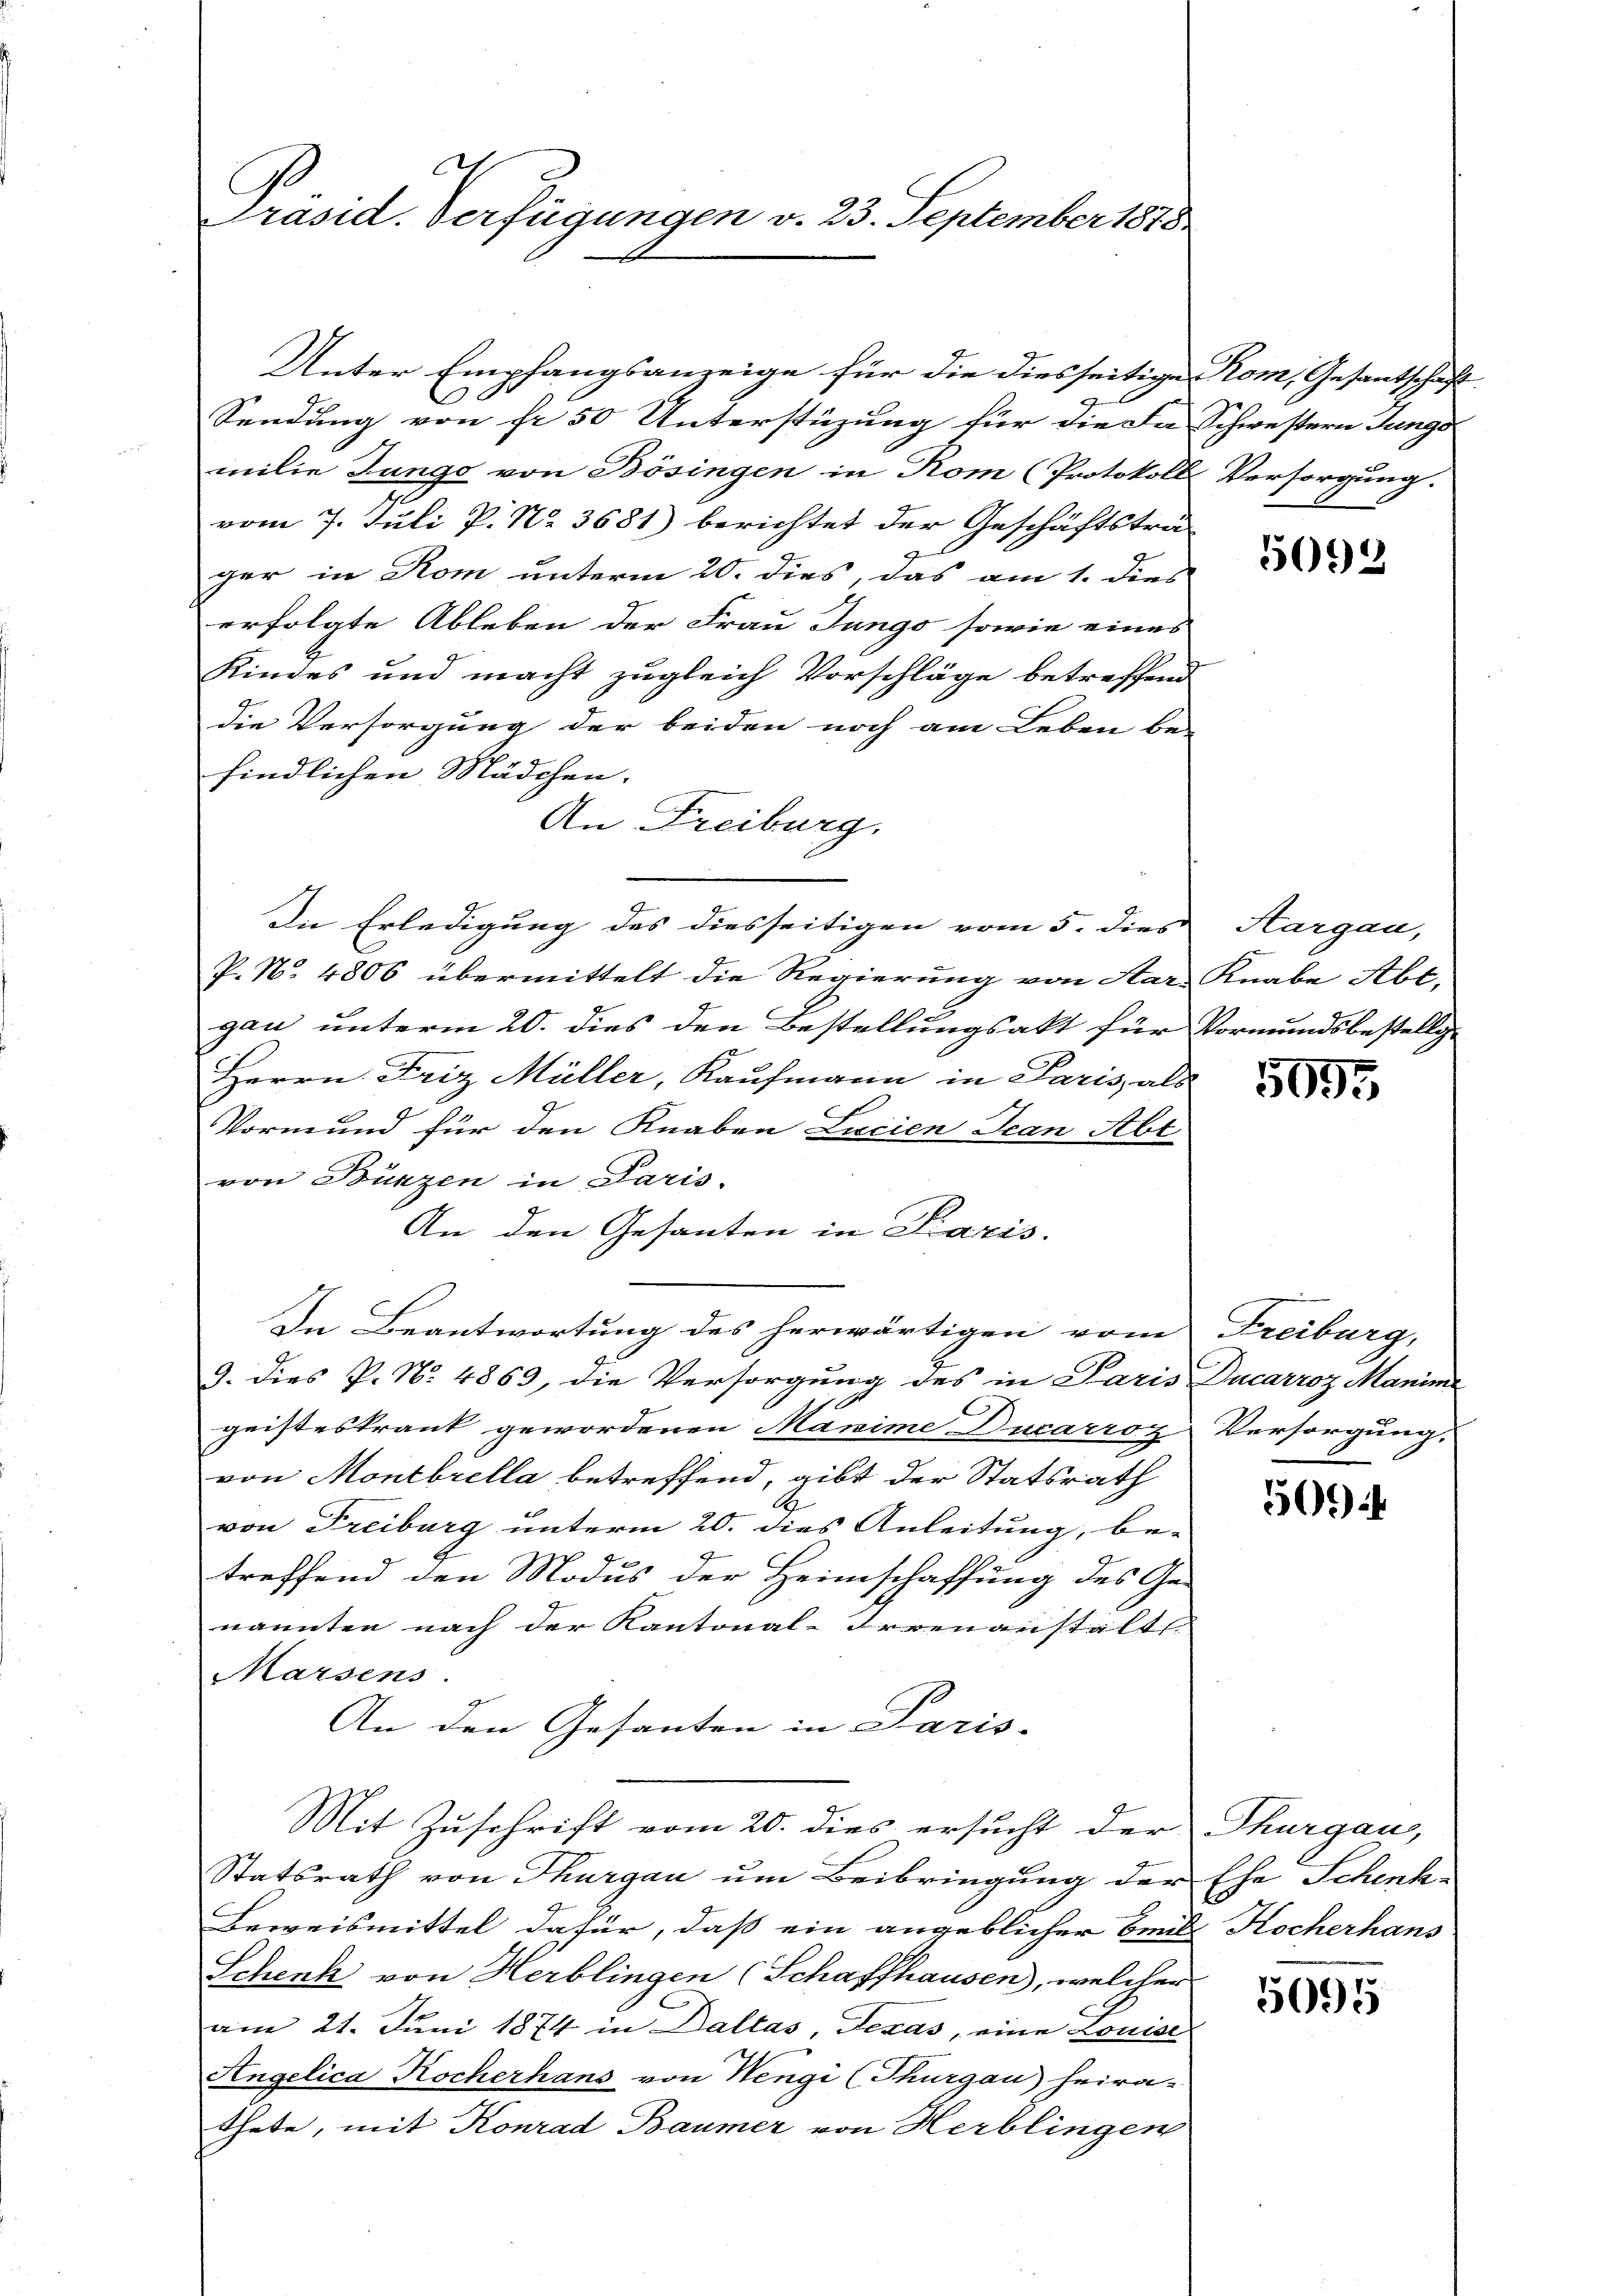
.
Präsid. Verfügungen v. 23. September 1878

C
Sendung von fr 50 Unterstüzung für die da Schwestern Junge
milie Junge von Bösingen in Rom (Protokoll Versorgung.
vom 7. Juli P. No. 3681) berichtet der Geschäftsträger in Rom unterm 20. dies, das am 1. dies
erfolgte Ableben der Frau Jungo sowie eines
Kindes und macht zugleich Vorschläge betreffend
die Versorgung der beiden noch am Leben be-
findlichen Mädchen.
An Freiburg.
Die Erledigung des diesseitigen vom 5. dies
P. N. 4806 übermittelt die Regierung von Aar- Knabe Abt.
gau unterm 20. dies den Bestellungsakt für Vormundsbestellig¬
Herrn Friz Müller, Kaufmann in Paris, als
Vormund für den Knaben Lucien Jean Abt
von Bünzen in Paris.
An den Gesanten in Paris.
In Beantwortung des herwärtigen vom Freiburg,
9. Dies P. N. 4869, die Versorgung des in Paris Ducarroz Manimie
geisteskrank gewordenen Manime Ducarroz Versorgung.
von Montbrella betreffend, gibt der Statsrath
von Freiburg unterm 20. dies Anleitung, be-
treffend den Modus der Heimschaffung des Ge-
nannten nach der Kantonal-Irrenanstalt.
Marsens
An den Gesanten in Paris-
Mit Zuschrift vom 20. dies ersucht der Thurgau,
Statsrath von Thurgau um Beibringung der
Beweismittel dafür, daß ein angeblicher beid
Schenk von Herblingen (Schaffhausen), welcher
am 21. Juni 1874 in Daltas, Texas, eine Louise
Angelica Kocherhans von Wengi (Thurgau) heira-
thete, mit Konrad Baumer von Herblingen

Unter Empfangsanzeige für die diesseitige Rom, Gesantschaft

5092

Hargau,

5095

50

Ehe Schenk-
Kocherhans

5095